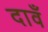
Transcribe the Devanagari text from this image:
दावँ